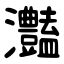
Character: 灎